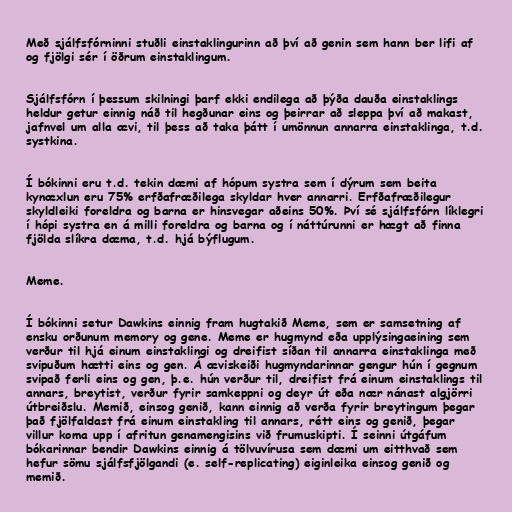
Með sjálfsfórninni stuðli einstaklingurinn að því að genin sem hann ber lifi af
og fjölgi sér í öðrum einstaklingum.

Sjálfsfórn í þessum skilningi þarf ekki endilega að þýða dauða einstaklings
heldur getur einnig náð til hegðunar eins og þeirrar að sleppa því að makast,
jafnvel um alla ævi, til þess að taka þátt í umönnun annarra einstaklinga, t.d.
systkina.

Í bókinni eru t.d. tekin dæmi af hópum systra sem í dýrum sem beita
kynæxlun eru 75% erfðafræðilega skyldar hver annarri. Erfðafræðilegur
skyldleiki foreldra og barna er hinsvegar aðeins 50%. Því sé sjálfsfórn líklegri
í hópi systra en á milli foreldra og barna og í náttúrunni er hægt að finna
fjölda slíkra dæma, t.d. hjá býflugum.

Meme.

Í bókinni setur Dawkins einnig fram hugtakið Meme, sem er samsetning af
ensku orðunum memory og gene. Meme er hugmynd eða upplýsingaeining sem
verður til hjá einum einstaklingi og dreifist síðan til annarra einstaklinga með
svipuðum hætti eins og gen. Á æviskeiði hugmyndarinnar gengur hún í gegnum
svipað ferli eins og gen, þ.e. hún verður til, dreifist frá einum einstaklings til
annars, breytist, verður fyrir samkeppni og deyr út eða nær nánast algjörri
útbreiðslu. Memið, einsog genið, kann einnig að verða fyrir breytingum þegar
það fjölfaldast frá einum einstakling til annars, rétt eins og genið, þegar
villur koma upp í afritun genamengisins við frumuskipti. Í seinni útgáfum
bókarinnar bendir Dawkins einnig á tölvuvírusa sem dæmi um eitthvað sem
hefur sömu sjálfsfjölgandi (e. self-replicating) eiginleika einsog genið og
memið.